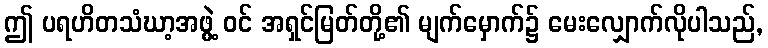
ဤ ပရဟိတသံဃာ့အဖွဲ့ ဝင် အရှင်မြတ်တို့၏ မျက်မှောက်၌ မေးလျှောက်လိုပါသည်,